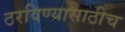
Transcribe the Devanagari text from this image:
ठरविण्यासाठीच